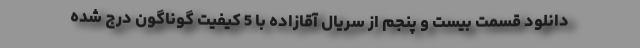
دانلود قسمت بیست و پنجم از سریال آقازاده با 5 کیفیت گوناگون درج شده